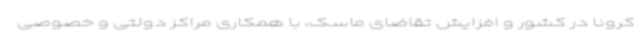
کرونا در کشور و افزایش تقاضای ماسک، با همکاری مراکز دولتی و خصوصی